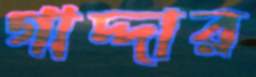
গাদ্দার